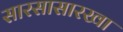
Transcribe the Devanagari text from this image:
सारसासारखा